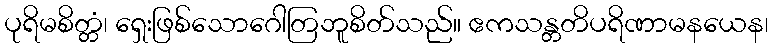
ပုရိမစိတ္တံ၊ ရှေးဖြစ်သောဂေါတြဘူစိတ်သည်။ ဧကသန္တတိပရိဏာမနယေန၊